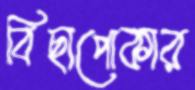
বিছাপোকার